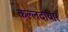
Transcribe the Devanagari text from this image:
कल्लदायार